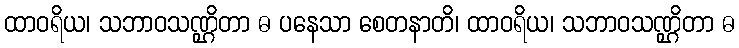
ထာဝရိယ၊ သဘာဝသဏ္ဌိတာ ဓ ပနေသာ စေတနာတိ၊ ထာဝရိယ၊ သဘာဝသဏ္ဌိတာ ဓ